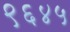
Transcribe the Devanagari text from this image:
९६४५